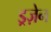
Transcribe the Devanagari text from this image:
ड्रज़ेन